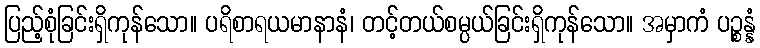
ပြည့်စုံခြင်းရှိကုန်သော။ ပရိစာရယမာနာနံ၊ တင့်တယ်စမ္ပယ်ခြင်းရှိကုန်သော။ အမှာကံ ပဉ္စန္နံ